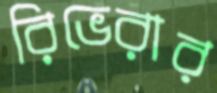
রিভেরার